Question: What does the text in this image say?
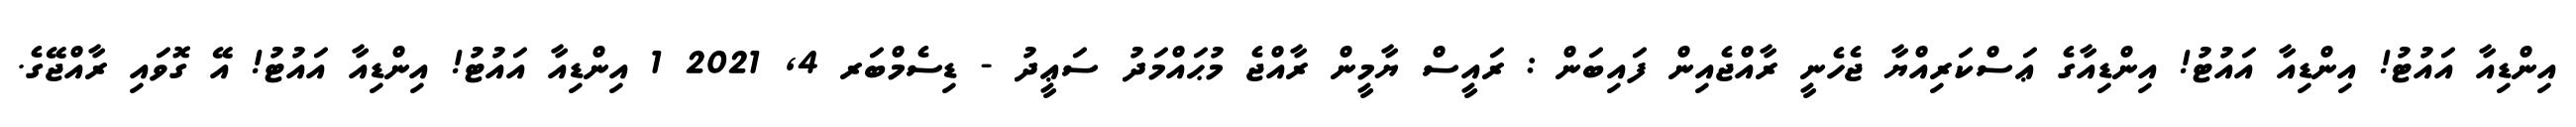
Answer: އިންޑިއާ އައުޓު! އިންޑިއާ އައުޓު! އިންޑިއާގެ ޢަސްކަރިއްޔާ ޖެހެނީ ރާއްޖެއިން ފައިބަން : ރައީސް ޔާމީން ރާއްޖެ މުޙައްމަދު ސަޢީދު - ޑިސެމްބަރ 4, 2021 1 އިންޑިއާ އައުޓު! އިންޑިއާ އައުޓު! އޭ ގޮވައި ރާއްޖޭގެ.